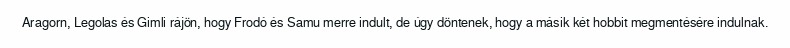
Aragorn, Legolas és Gimli rájön, hogy Frodó és Samu merre indult, de úgy döntenek, hogy a másik két hobbit megmentésére indulnak.